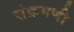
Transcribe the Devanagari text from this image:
संक्रमणी